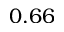
0 . 6 6